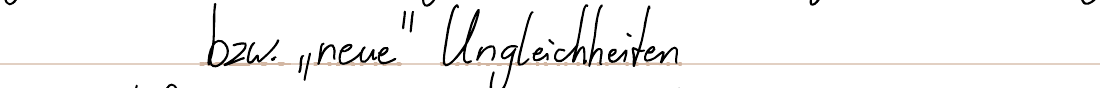
bzw. "neue" Ungleichheiten